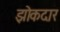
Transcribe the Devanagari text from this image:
झोकदार